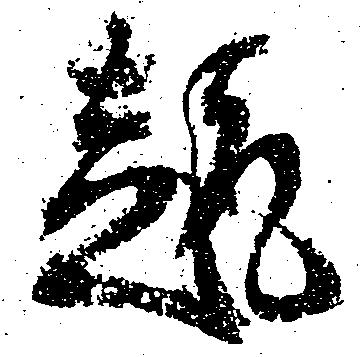
趣